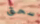
سحق